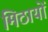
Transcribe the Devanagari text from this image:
मिठायों